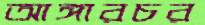
আঙ্গারচর